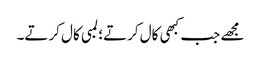
مجھے جب کبھی کال کرتے؛ لمبی کال کرتے۔